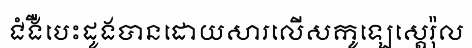
ជំងឺបេះដូងបានដោយសារលើសកូឡេស្តេរ៉ុល